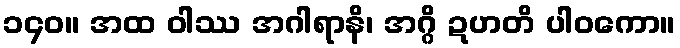
၁၄၀။ အထ ဝါဿ အဂါရာနိ၊ အဂ္ဂိ ဍဟတိ ပါဝကော။